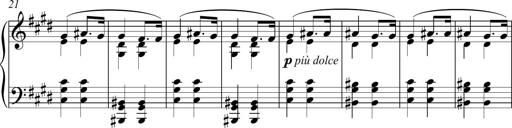
Title: Funeral March and Sonatina
Composer: Thomas Hellemans
Key: C-sharp minor